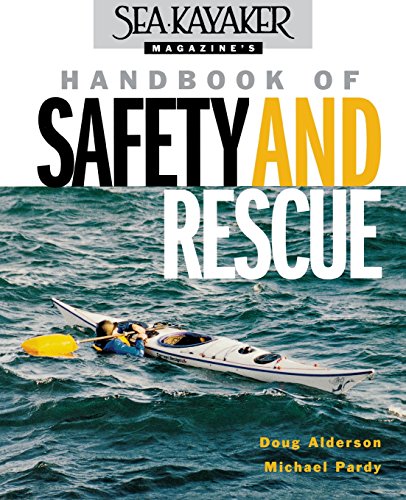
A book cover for Sea Kayaker Magazine's Handbook of Safety and Rescue; Doug Alderson; Sports & Outdoors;